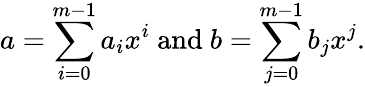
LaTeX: a=\sum_{i=0}^{m-1}{a_{i}x^{i}}{\mathrm{~and~}}b=\sum_{j=0}^{m-1}{b_{j}x^{j}}.